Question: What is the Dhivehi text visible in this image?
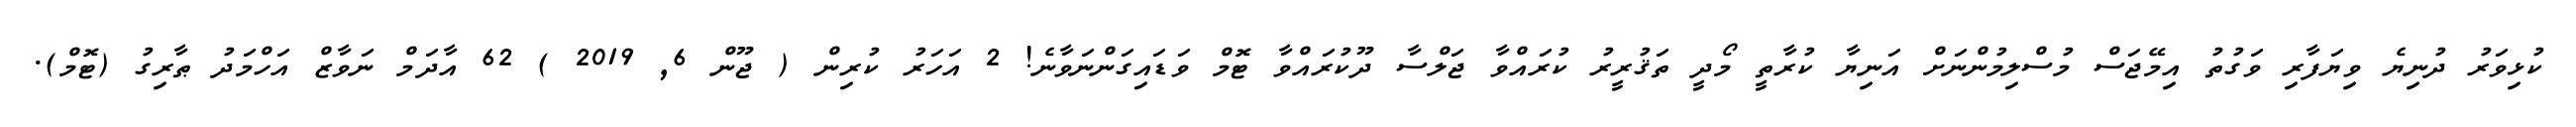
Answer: ކުޅިވަރު ދުނިޔެ ވިޔަފާރި ވަގުތު އިމޭޖަސް މުސްލިމުންނަށް އަނިޔާ ކުރާތީ މޯދީ ތަޤުރީރު ކުރައްވާ ޖަލްސާ ދޫކުރައްވާ ޓޮމް ވަޑައިގަންނަވާނެ! 2 އަހަރު ކުރިން ( ޖޫން 6, 2019 ) 62 އާދަމް ނަވާޒް އަހްމަދު ޠާރިގު (ޓޮމް).